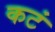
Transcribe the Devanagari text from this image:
कटं